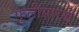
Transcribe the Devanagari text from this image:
फुलीसारखे